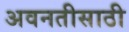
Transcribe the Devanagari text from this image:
अवनतीसाठी